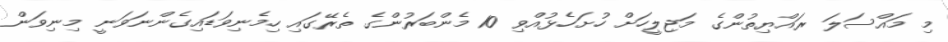
މި މައްސަލަ ރައްޔިތުންގެ މަޖިލީހަށް ހުށަހެޅުއްވި 10 މެންބަރުންގެ ތެރޭގައި ހިމެނިވަޑައިގެންނަވަނީ މިނިވަން